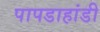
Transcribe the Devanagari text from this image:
पापडाहांडी